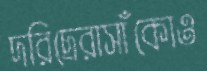
দরিদ্রেরাসাঁকোও